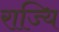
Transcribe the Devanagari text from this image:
राज्यि